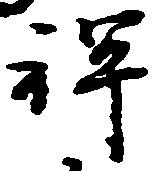
禅